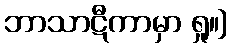
ဘာသာဋီကာမှာ ရှု။]